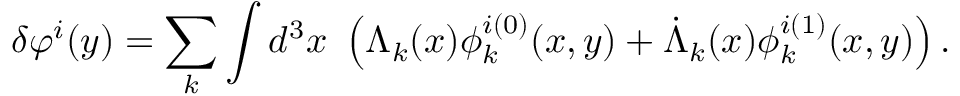
\delta \varphi ^ { i } ( y ) = \sum _ { k } \int d ^ { 3 } x \ \left( \Lambda _ { k } ( x ) \phi _ { k } ^ { i ( 0 ) } ( x , y ) + \dot { \Lambda } _ { k } ( x ) \phi _ { k } ^ { i ( 1 ) } ( x , y ) \right) .